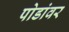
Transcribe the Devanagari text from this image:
पोडांवर